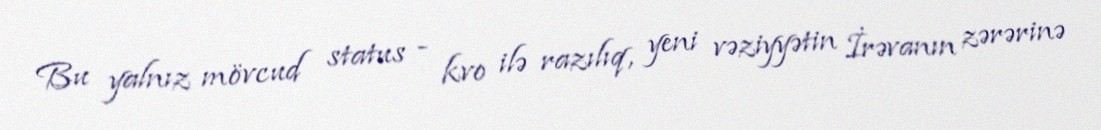
Bu yalnız mövcud status - kvo ilə razılıq, yeni vəziyyətin İrəvanın zərərinə